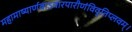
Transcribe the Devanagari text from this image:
महामाष्यार्णवाऽवारपारीणंविवृतिप्लवम्।